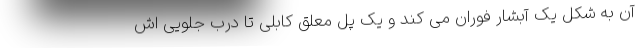
آن به شکل یک آبشار فوران می کند و یک پل معلق کابلی تا درب جلویی اش